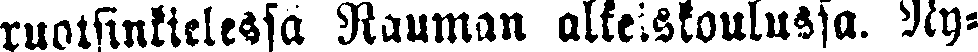
ruotsinkielessä Rauman alkeiskoulussa. Ny-